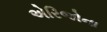
એરિજોના